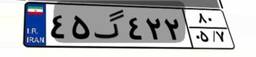
۶۳گ۶۰۷۰۹